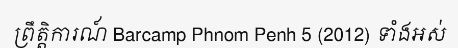
ព្រឹត្តិការណ៍ Barcamp Phnom Penh 5 (2012) ទាំងអស់